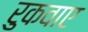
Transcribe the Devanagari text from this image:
रुकवाए